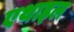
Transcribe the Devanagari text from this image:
एथाइल